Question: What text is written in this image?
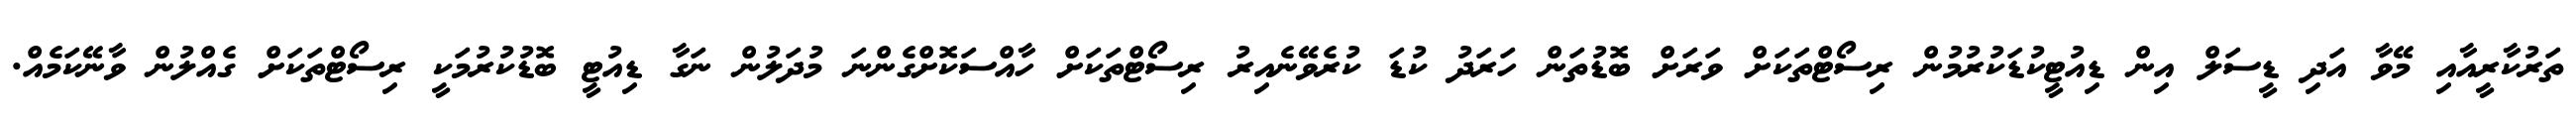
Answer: ތަރުކާރީއާއި މޭވާ އަދި ޑީސަލް އިން ޑިއުޓީކުޑަކުރުމުން ރިސޯޓްތަކަށް ވަރަށް ބޮޑުތަން ހަރަދު ކުޑަ ކުރެވޭނެއިރު ރިސޯޓްތަކަށް ހާއްސަކޮށްގެންނަ މުދަލުން ނަގާ ޑިއުޓީ ބޮޑުކުރުމަކީ ރިސޯޓްތަކަށް ގެއްލުން ވާނޭކަމެއް.